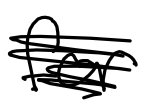
Text: for
Cross-out: scratch
Writing tool: digital_black